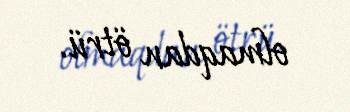
olmaqdan ötrü.